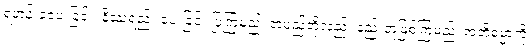
ရဟန်းခံပေးခြင်း၊ နိဿရည်း ပေးခြင်း ပြုကြမည်၊ တပည့်တို့လည်း နည်းတူဖြစ်ကြမည်၊ အဘိဓမ္မာကို